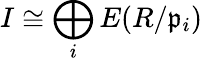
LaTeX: I\cong\bigoplus_{i}E(R/{\mathfrak{p}}_{i})